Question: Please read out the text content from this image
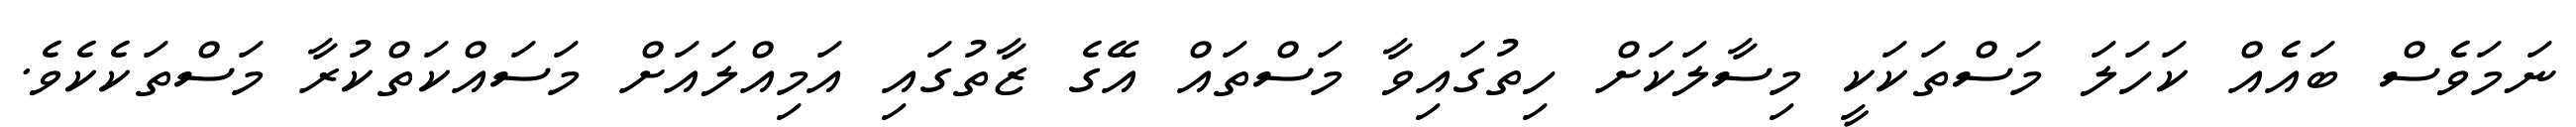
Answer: ނަމަވެސް ބައެއް ކަހަލަ މަސްތަކަކީ މިސާލަކަށް ހިތުގައިވާ މަސްތައް އޭގެ ޒާތުގައި އަމިއްލައަށް މަސައްކަތްކުރާ މަސްތަކެކެވެ.